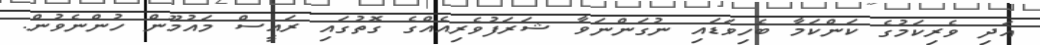
އަދި ވެރިކަމުގެ ކަންކަމާ ބެހިވަޑައި ނުގަންނަވާ ޝަރަފުވެރިއެއްގެ ގޮތުގައި ރައީސް މައުމޫން ހުންނެވުން.